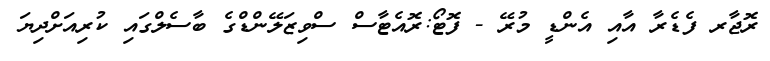
ރޮޖާރ ފެޑެރާ އާއި އެންޑީ މުރޭ - ފޮޓޯ:ރޮއެޓާސް ސްވިޒަލޭންޑްގެ ބާސެލްގައި ކުރިއަށްދިޔަ